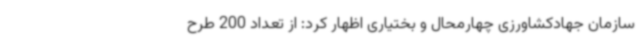
سازمان جهادکشاورزی چهارمحال و بختیاری اظهار کرد: از تعداد 200 طرح